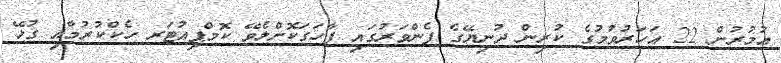
އުމުރުން 22 އަހަރުވުމުގެ ކުރިން ދުނިޔޭގެ ފެންވަރުގައި ފާހަގަކޮށްލެވޭ ކޮމްޕިއުޓަރ ހެކްކުރުމާއި ގުޅޭ